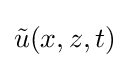
{\tilde {u}}(x,z,t)